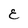
Character: E